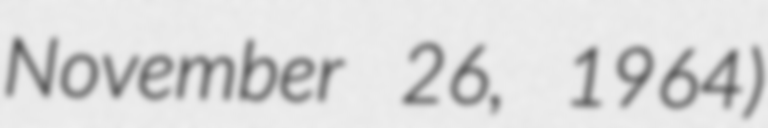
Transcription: November 26, 1964)